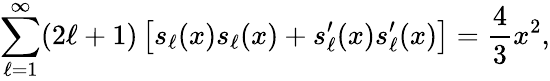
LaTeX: \sum_{\ell=1}^{\infty}(2\ell+1)\left[s_{\ell}(x)s_{\ell}(x)+s_{\ell}^{\prime}(x)s_{\ell}^{\prime}(x)\right]={\frac{4}{3}}x^{2},